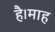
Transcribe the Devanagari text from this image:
है।माह